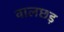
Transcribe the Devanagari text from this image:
वालछड़